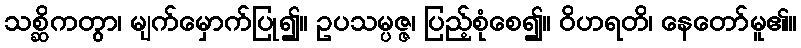
သစ္ဆိကတွာ၊ မျက်မှောက်ပြု၍။ ဥပသမ္ပဇ္ဇ၊ ပြည့်စုံစေ၍။ ဝိဟရတိ၊ နေတော်မူ၏။